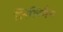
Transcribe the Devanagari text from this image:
लिलिमैन